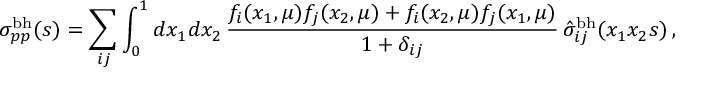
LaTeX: \sigma _ { p p } ^ { \mathrm { b h } } ( s ) = \sum _ { i j } \int _ { 0 } ^ { 1 } d x _ { 1 } d x _ { 2 } \, \frac { f _ { i } ( x _ { 1 } , \mu ) f _ { j } ( x _ { 2 } , \mu ) + f _ { i } ( x _ { 2 } , \mu ) f _ { j } ( x _ { 1 } , \mu ) } { 1 + \delta _ { i j } } \, \hat { \sigma } _ { i j } ^ { \mathrm { b h } } ( x _ { 1 } x _ { 2 } s ) \, ,